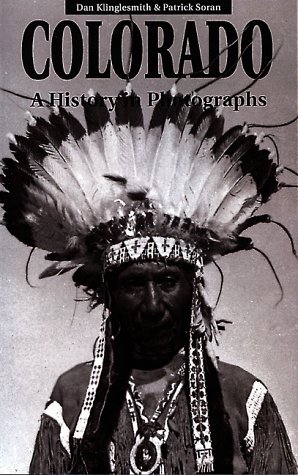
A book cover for Colorado: A History in Photographs; Dan Klinglesmith; Travel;